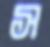
স